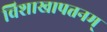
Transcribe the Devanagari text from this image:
विशाखापत्तनम्‌